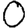
Digit: 0